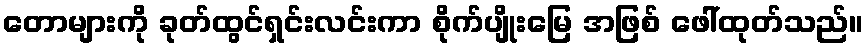
တောများကို ခုတ်ထွင်ရှင်းလင်းကာ စိုက်ပျိုးမြေ အဖြစ် ဖေါ်ထုတ်သည်။